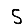
Digit: 5